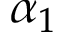
\alpha _ { 1 }